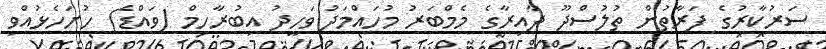
ސަރުކާރުގެ ފަރާތުން ތުލުސްދޫ ދާއިރާގެ މެމްބަރު މުހައްމަދު ވަހީދު އިބުރާހިމް (ވައްޑެ) ހުށަހެޅުއްވި